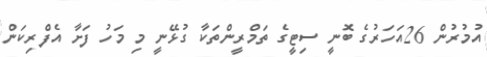
އުމުރުން 26އަހަރުގެ ބޮނީ ސިޓީގެ ތަމްރީންތަކާ ގުޅޭނީ މި މަހު ފަށާ އެފްރިކަން